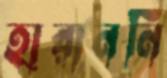
হারাননি